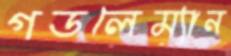
গডলেম্যান